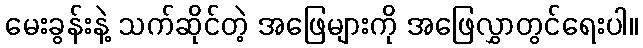
မေးခွန်းနဲ့ သက်ဆိုင်တဲ့ အဖြေများကို အဖြေလွှာတွင်ရေးပါ။